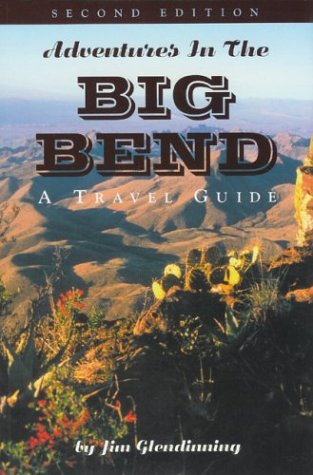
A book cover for Adventures in the Big Bend: A Travel Guide; Jim Glendinning; Travel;